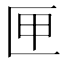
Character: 匣